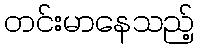
တင်းမာနေသည့်